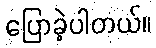
ပြောခဲ့ပါတယ်။